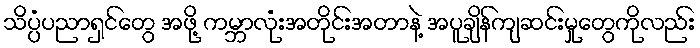
သိပ္ပံပညာရှင်တွေ အဖို့ ကမ္ဘာလုံးအတိုင်းအတာနဲ့ အပူချိန်ကျဆင်းမှုတွေကိုလည်း